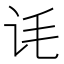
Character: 𬣜